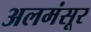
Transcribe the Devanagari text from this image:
अलमंसूर